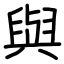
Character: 與